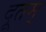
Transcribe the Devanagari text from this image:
दूतम्